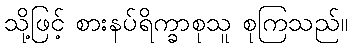
သို့ဖြင့် စားနပ်ရိက္ခာစုသူ စုကြသည်။